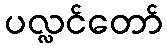
ပလ္လင်တော်